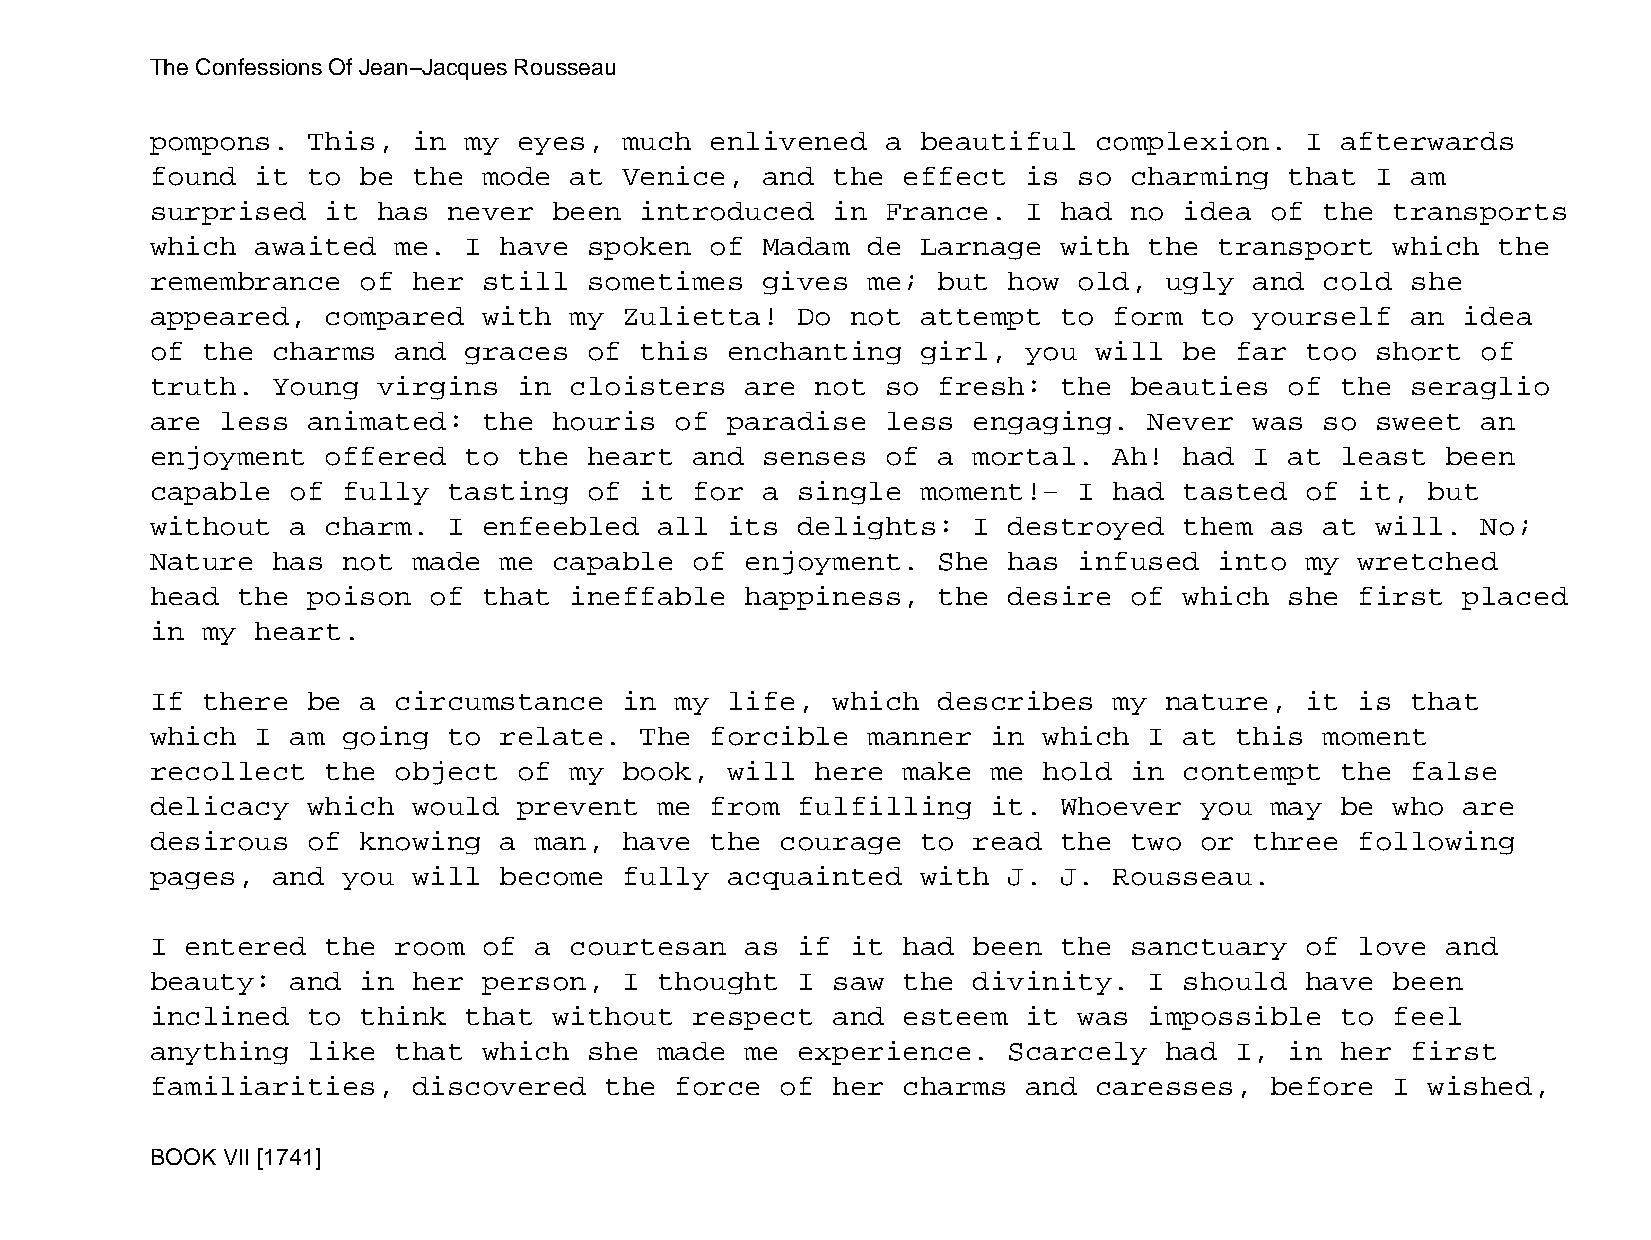
The Confessions Of Jean−Jacques Rousseau
 pompons.  This,  in  my eyes,  much  enlivened   a beautiful  complexion.   I  afterwards
 found  it to  be the  mode  at Venice,  and  the  effect  is so  charming  that  I am
 surprised   it has  never  been introduced   in  France.  I had  no idea  of  the transports
 which  awaited  me.  I have  spoken  of Madam  de  Larnage  with  the  transport  which  the
 remembrance   of her  still  sometimes  gives  me;  but  how old,  ugly  and  cold she
 appeared,   compared  with  my Zulietta!   Do not  attempt  to  form to  yourself  an  idea
 of the  charms  and  graces  of this  enchanting   girl,  you will  be  far too  short  of
 truth.  Young  virgins  in  cloisters  are  not  so fresh:  the  beauties  of  the seraglio
 are  less animated:   the  houris  of paradise   less engaging.   Never  was  so sweet  an
 enjoyment   offered  to the  heart  and senses   of a mortal.   Ah! had  I at  least  been
 capable  of  fully  tasting  of it  for a  single  moment!−  I  had tasted  of  it,  but
 without  a  charm.  I enfeebled   all its  delights:  I  destroyed  them  as  at will.  No;
 Nature  has  not made  me  capable  of enjoyment.   She  has infused   into my  wretched
 head  the poison  of  that  ineffable  happiness,   the  desire  of which  she  first  placed
 in my  heart.
 If there  be  a circumstance   in  my life,  which  describes   my nature,  it  is that
 which  I am  going  to relate.  The  forcible  manner   in which  I at  this  moment
 recollect   the object  of  my book,  will  here  make  me hold  in contempt   the false
 delicacy  which  would  prevent   me from  fulfilling   it. Whoever  you  may  be who  are
 desirous  of  knowing  a man,  have  the  courage  to read  the  two or  three  following
 pages,  and  you will  become  fully  acquainted   with  J. J.  Rousseau.
 I entered   the room  of a  courtesan  as  if it  had been  the  sanctuary  of  love  and
 beauty:  and  in her  person,  I  thought  I saw  the divinity.   I should  have  been
 inclined  to  think  that  without  respect  and  esteem  it was  impossible   to feel
 anything  like  that  which  she  made me  experience.   Scarcely  had  I, in  her first
 familiarities,   discovered   the  force  of her  charms  and caresses,   before  I  wished,
 BOOK VII [1741]